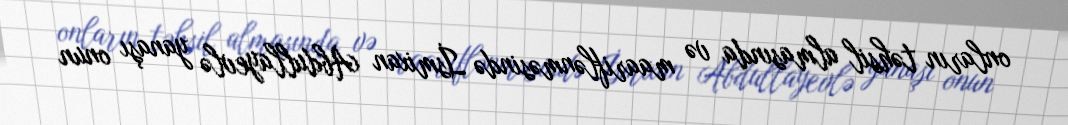
onların təhsil almasında və maariflənməsində İsmixan Abdullayevlə yanaşı onun